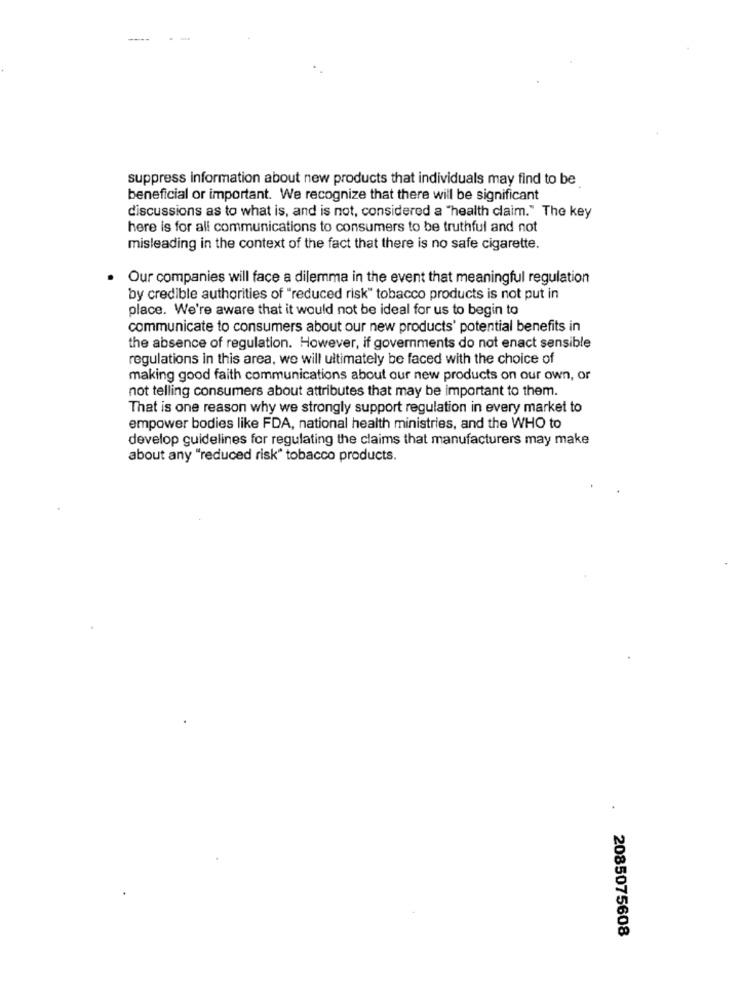
suppress information about new products that individuals may find to be
beneficial or important. We recognize that there will be significant
discussions as to what is, and is not, considered a "health claim." The key
here is for all communications to consumers to be truthful and not
misleading in the context of the fact that there is no safe cigarette.
Our companies will face a dilemma in the event that meaningful regulation
by credible authorities of "reduced risk" tobacco products is not put in
place. We're aware that it would not be ideal for us to begin to
communicate to consumers about our new products' potential benefits in
the absence of regulation. However, if governments do not enact sensible
regulations in this area, we will ultimately be faced with the choice of
making good faith communications about our new products on our own, or
not telling consumers about attributes that may be important to them.
That is one reason why we strongly support regulation in every market to
empower bodies like FDA, national health ministries, and the WHO to
develop guidelines for regulating the claims that manufacturers may make
about any "reduced risk" tobacco products.
2085075608